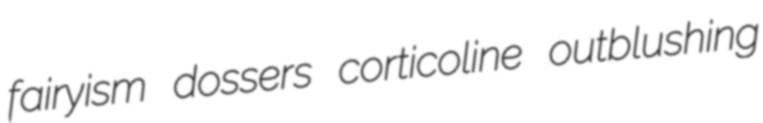
fairyism dossers corticoline outblushing